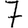
Digit: 7